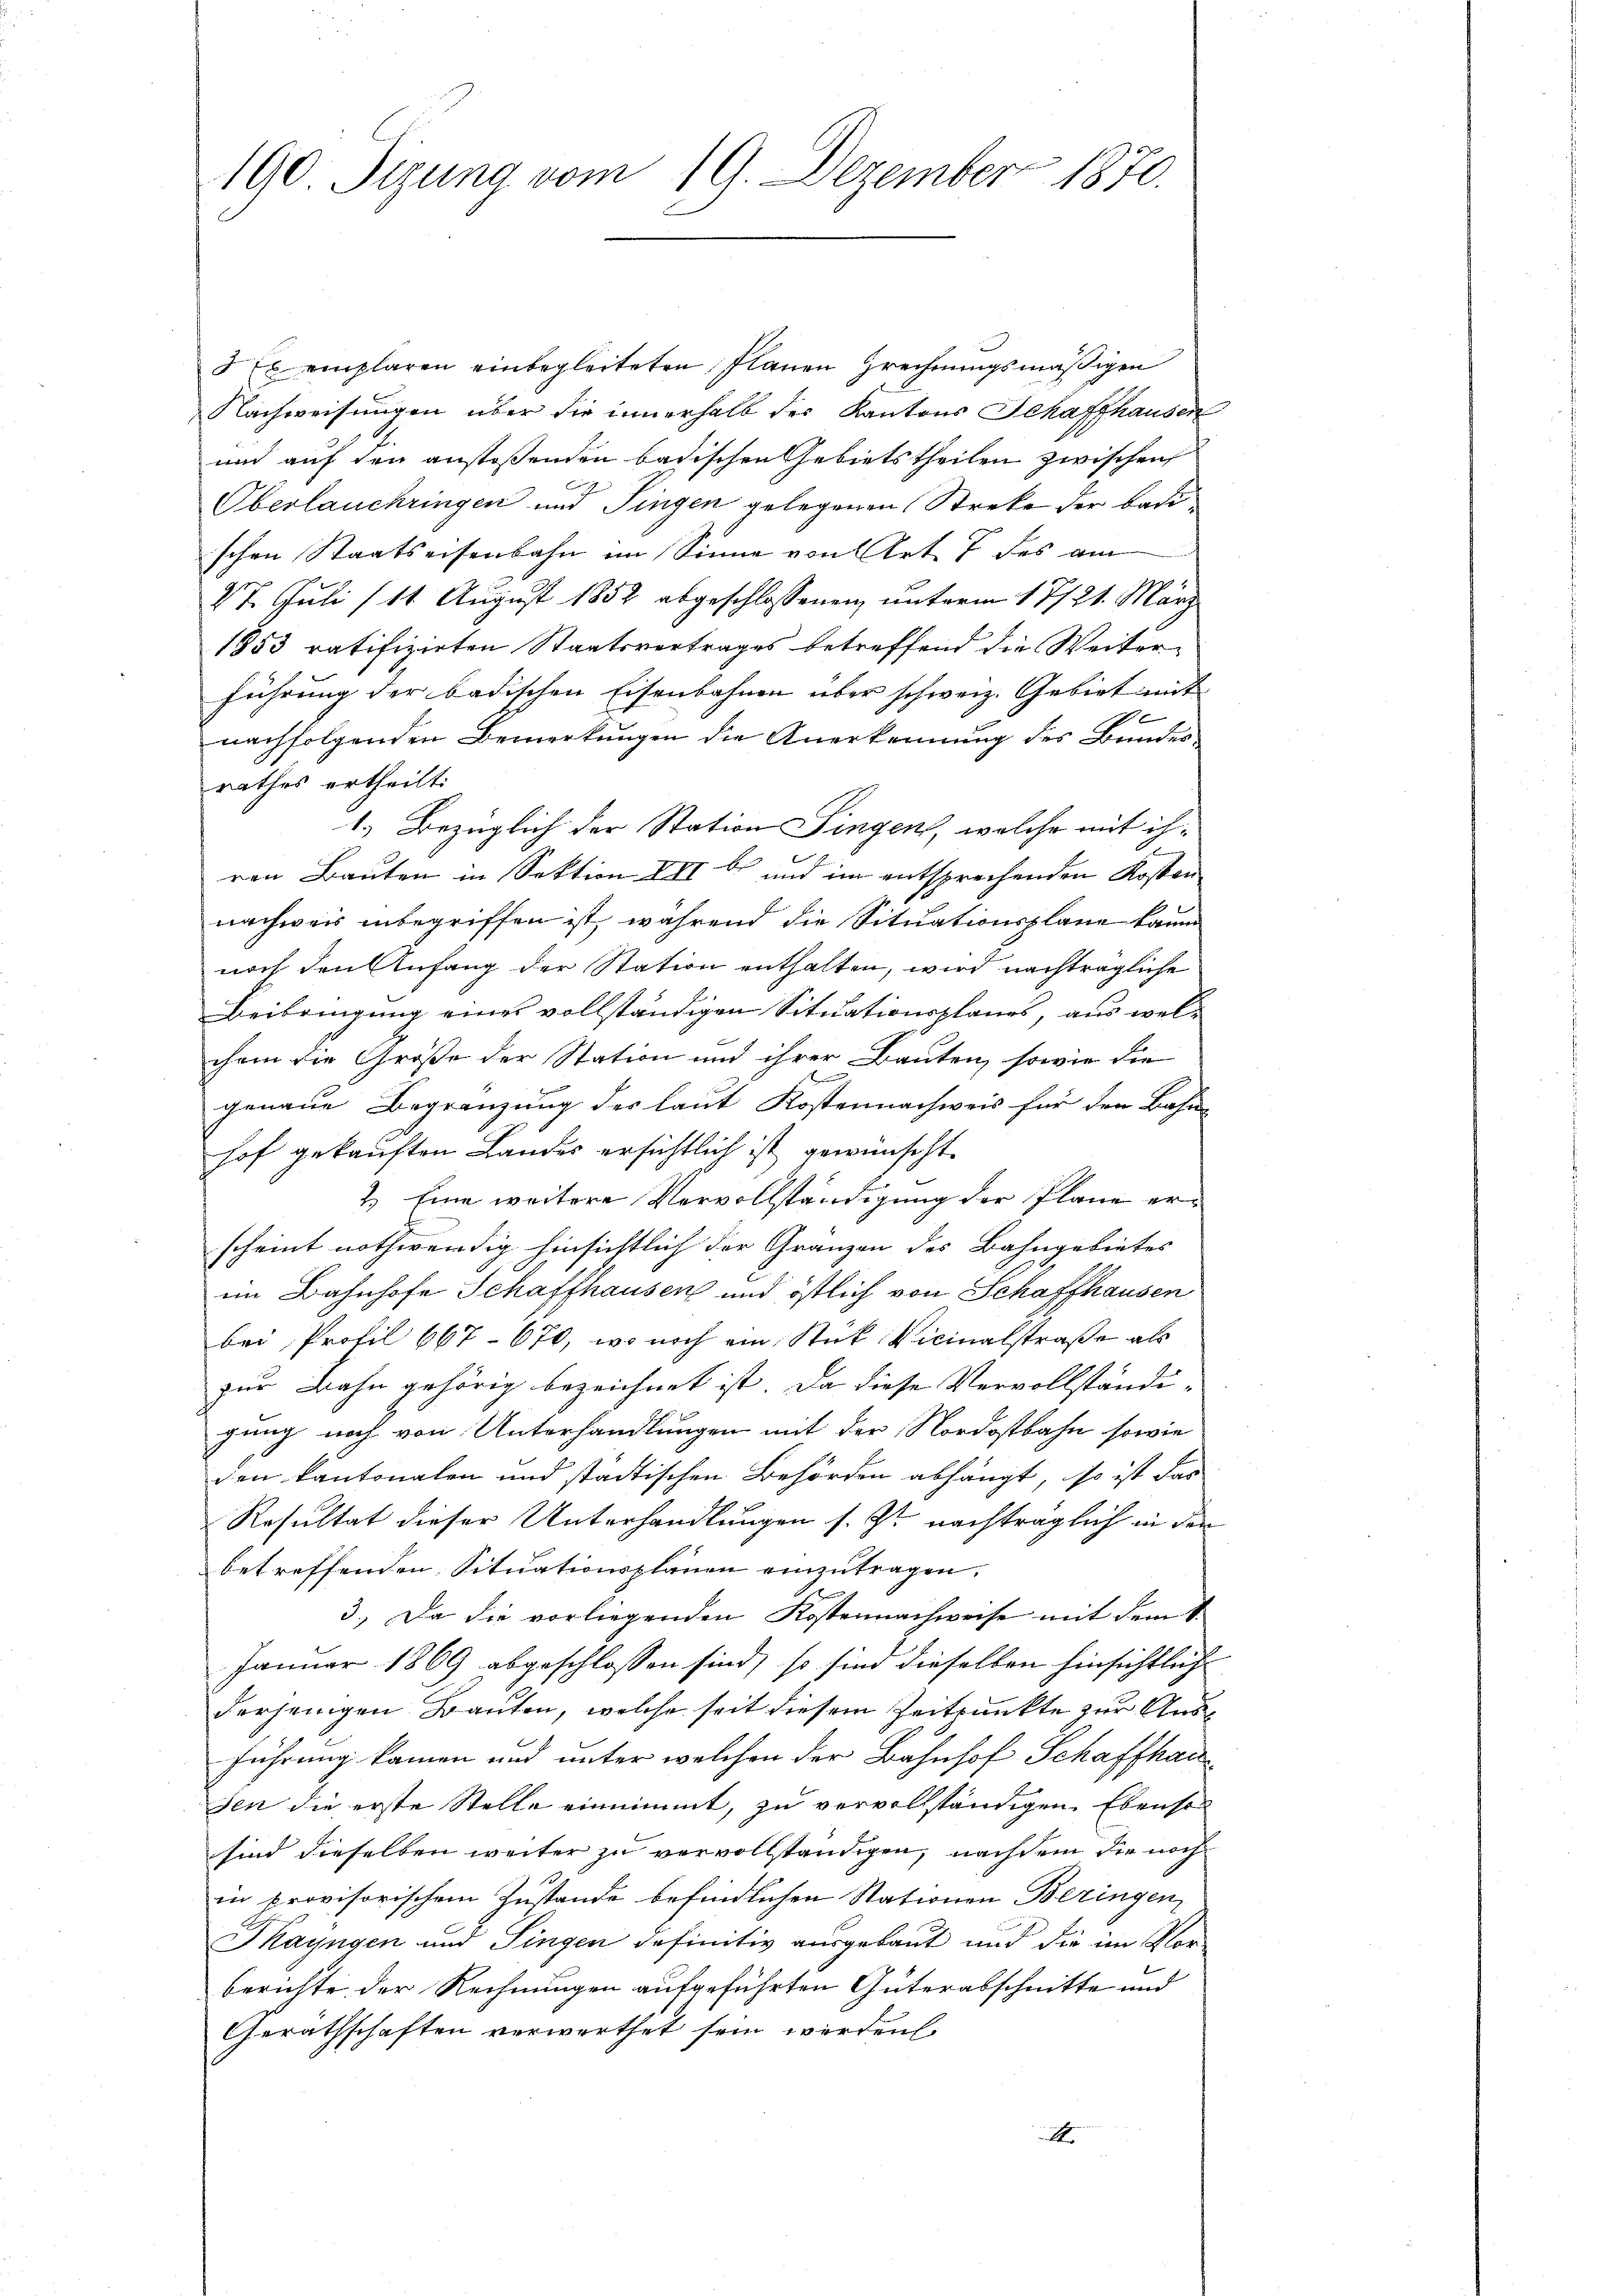
190. Sizung vom 19. Dezember 1870.

5t emplaren einbegleiteten Planen rechnungsmäßigen
Nachweisungen über die innerhalb der Kantons Schaffhausen
und auf den anstoßenden badischen Gebietstheilen zwischen
Oberlauchringen und Fingen gelegenen Streke der Badischen Staatseisenbahn im Sinne von Art. 7 des am
27. Juli (11. August 1852 abgeschlossenen unterm 17/21. März
1853 ratifizirten Staatsvertrages betreffend die Weitern
führung der badischen Eisenbahnen über schweiz. Gebiet mit
e
nachfolgenden Bemerkungen die Anerkennung des Bundes-
rathes ertheilt:
1.) Bezüglich der Station Singen, welche mit ihren Bauten in Sektion XXI b und im entsprechenden Kosten
nachweis inbegriffen ist, während die Situationsplane kann
noch den Anfang der Station enthalten, wird nachträgliche
Beibringung eines vollständigen Situationsplanes, aus wel-
chem die Größe der Station und ihrer Bauten, sowie die
genaue Begränzung des laut Kostennachweis für den Bahn-
hof gekauften Landes ersichtlich ist gewünscht.
2. Eine weitere Vervollständigung der Plane erscheint nothwendig hinsichtlich der Gränzen des Bahngebietes
im Bahnhofe Schaffhausen und östlich von Schaffhausen
bei Profil 667. 670, wo noch ein Stük Vicinalstraße als
zur Bahn gehörig bezeichnet ist. Da diese Vervollständigung noch von Unterhandlungen mit der Nordostbahn sowie
den kantonalen und städtischen Behörden abhängt, so ist das
Resultat dieser Unterhandlungen s. Zt. nachträglich in der
betreffenden Situationsplänen einzutragen.
3. Da die vorliegenden Kostennachweise mit dem 1.
Januar 1869 abgeschlossen sind, so sind dieselben hinsichtliche
derjenigen Bauten, welche seit diesem Zeitpunkte zur Ausführung kamen und unter welchen der Bahnhof Schaffhausen die erste Stelle einnimmt, zu vervollständigen. Ebenso
sind dieselben weiter zu vervollständigen, nachdem die noch
in provisorischem Zustande befindlichen Stationen Beringen,
Thayngen und Fingen definitiv ausgebaut und die im Vor-
berichte, der Rechnungen aufgeführten Güterabschnitte und
Gerathschaften verwerthet sein werden
A